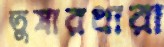
তুষারধারা